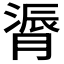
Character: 𫆬